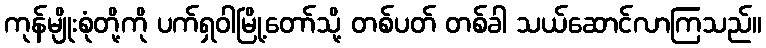
ကုန်မျိုးစုံတို့ကို ပက်ရှဝါမြို့တော်သို့ တစ်ပတ် တစ်ခါ သယ်ဆောင်လာကြသည်။